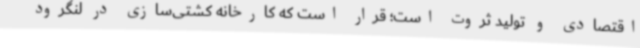
اقتصادی و تولید ثروت است؛ قرار است که کارخانه کشتی‌سازی در لنگرود